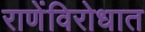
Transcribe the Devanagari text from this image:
राणेंविरोधात